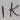
Text: 1K